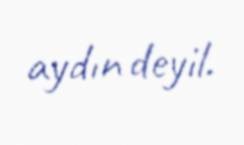
aydın deyil.